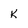
Character: K